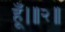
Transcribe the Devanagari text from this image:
हूँ।॥२॥